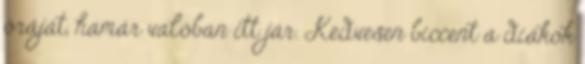
óráját, hamár valóban itt jár. Kedvesen biccent a diákok